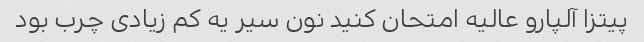
پیتزا آلپارو عالیه امتحان کنید نون سیر یه کم زیادی چرب بود